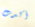
أكدت